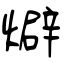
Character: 𤐙